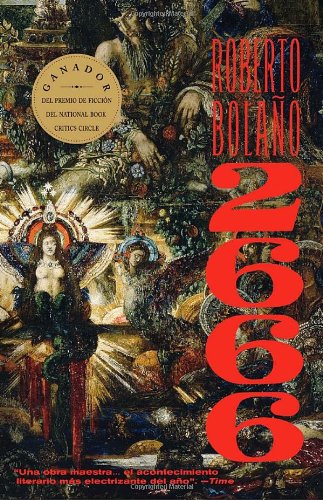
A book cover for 2666 (Spanish Edition); Roberto BolaÃ±o; Literature & Fiction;